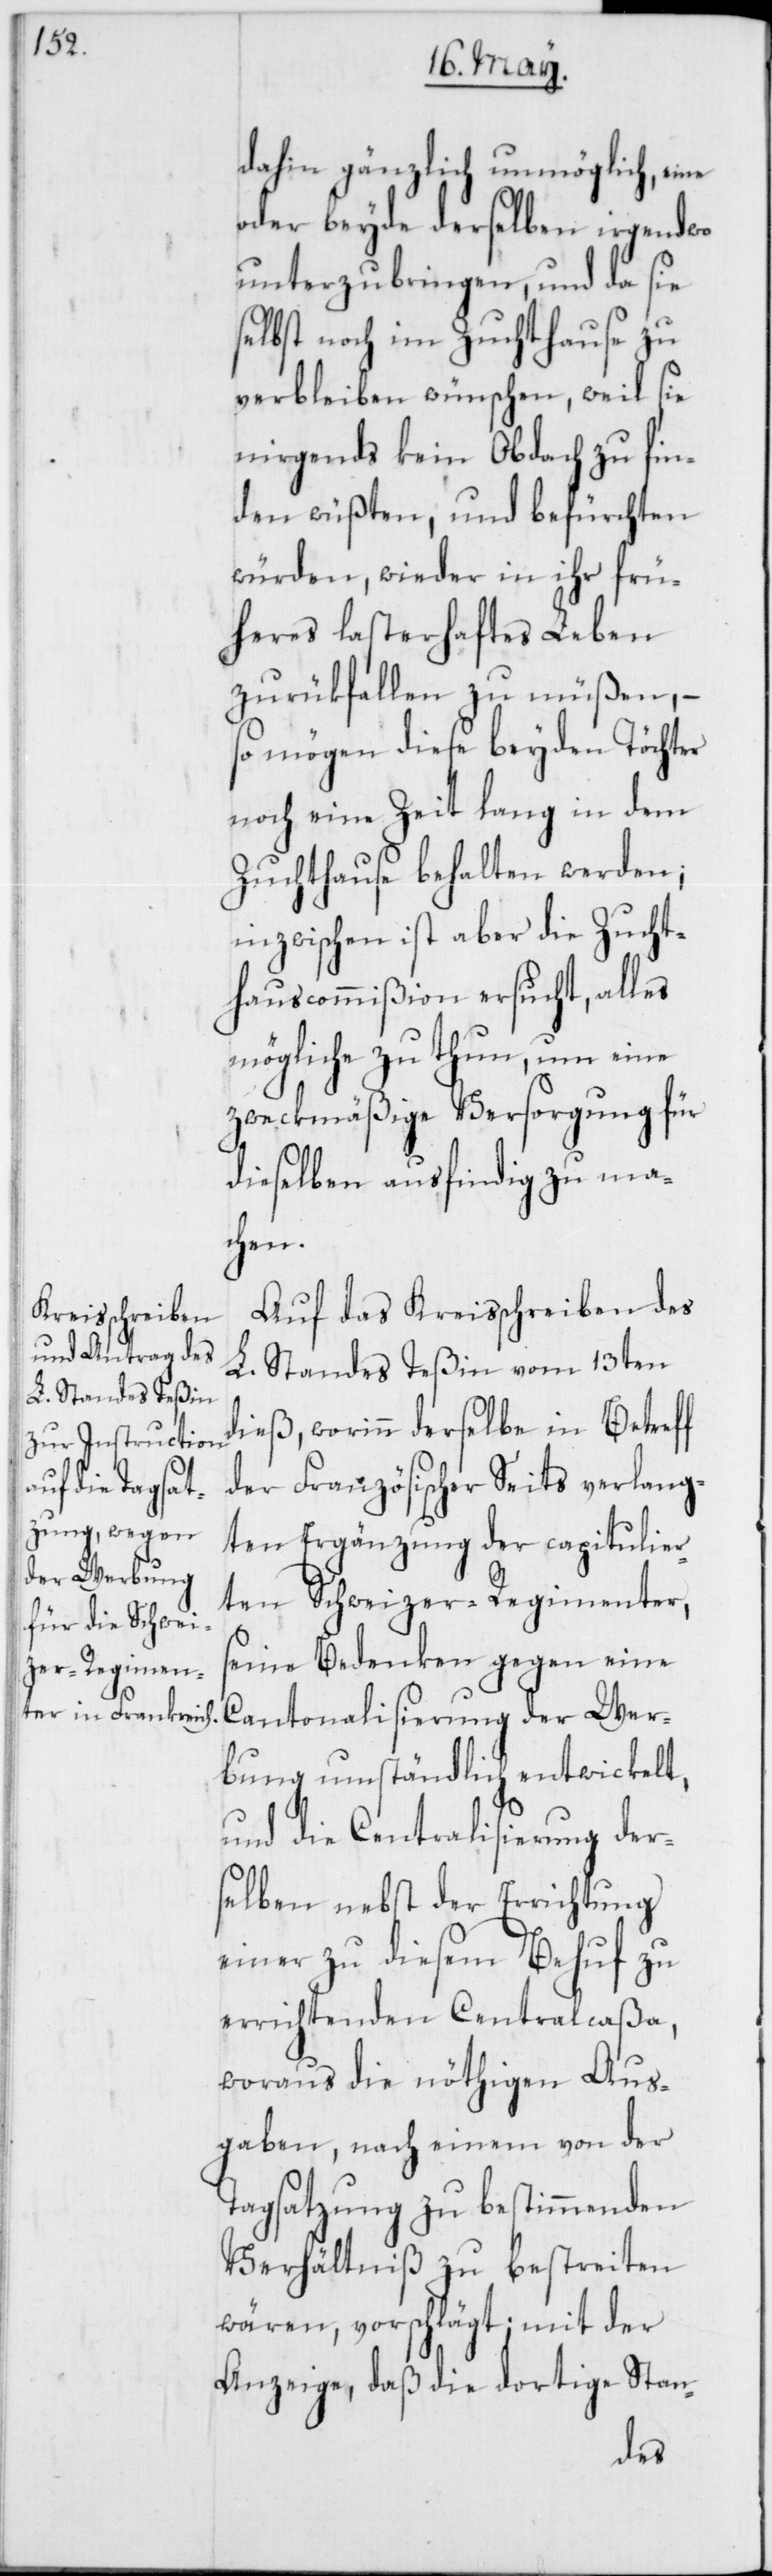
dahin gänzlich unmöglich, eine
oder beyde derselben irgendwo
unterzubringen, und da sie
selbst noch im Zuchthause zu
verbleiben wünschen, weil sie
nirgends kein Obdach zu fin¬
den wüßten, und befürchten
würden, wieder in ihr frü¬
heres lasterhaftes Leben
zurükfallen zu müßen, –
so mögen diese beyden Töchter
noch eine Zeit lang in dem
Zuchthause behalten werden;
inzwischen ist aber die Zucht¬
hauscommißion ersucht, alles
mögliche zu thun, um eine
zweckmäßige Versorgung für
dieselben ausfindig zu ma¬
chen.
Auf das Kreisschreiben des
L. Standes Teßin vom 13ten
dieß, worinn derselbe in Betreff
der Französischer Seits verlang¬
ten Ergänzung der capitulier¬
ten Schweizer-Regimenter,
seine Bedenken gegen eine
Cantonalisierung der Wer¬
bung umständlich entwickelt,
und die Centralisierung der¬
selben nebst der Errichtung
einer zu diesem Behuf zu
errichtenden Centralcaßa,
woraus die nöthigen Aus¬
gaben, nach einem von der
Tagsatzung zu bestimmenden
Verhältniß zu bestreiten
wären, vorschlägt; mit der
Anzeige, daß die dortige Stan-